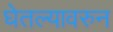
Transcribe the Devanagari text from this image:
घेतल्यावरुन